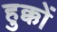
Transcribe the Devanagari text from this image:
हुक्कों